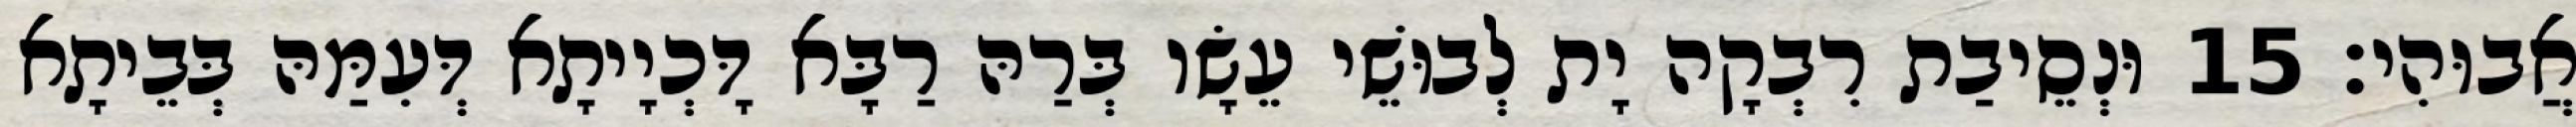
אֲבוּהִי׃ 15 וּנְסֵיבַת רִבְקָה יָת לְבוּשֵׁי עֵשָׂו בְּרַהּ רַבָּא דָּכְיָיתָא דְּעִמַּהּ בְּבֵיתָא